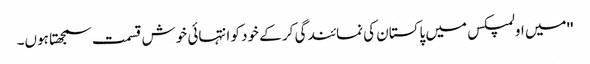
''میں اولمپکس میں پاکستان کی نمائندگی کر کے خود کو انتہائی خوش قسمت سمجھتا ہوں۔